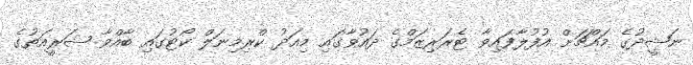
ނަޝީދުގެ މައްޗަށް އުފުލާފައިވާ ޓެރަރިޒަމްގެ ދައުވާގައި މިއަދު ކްރިމިނަލް ކޯޓުގައި ބާއްވާ ޝަރީއަތުގެ